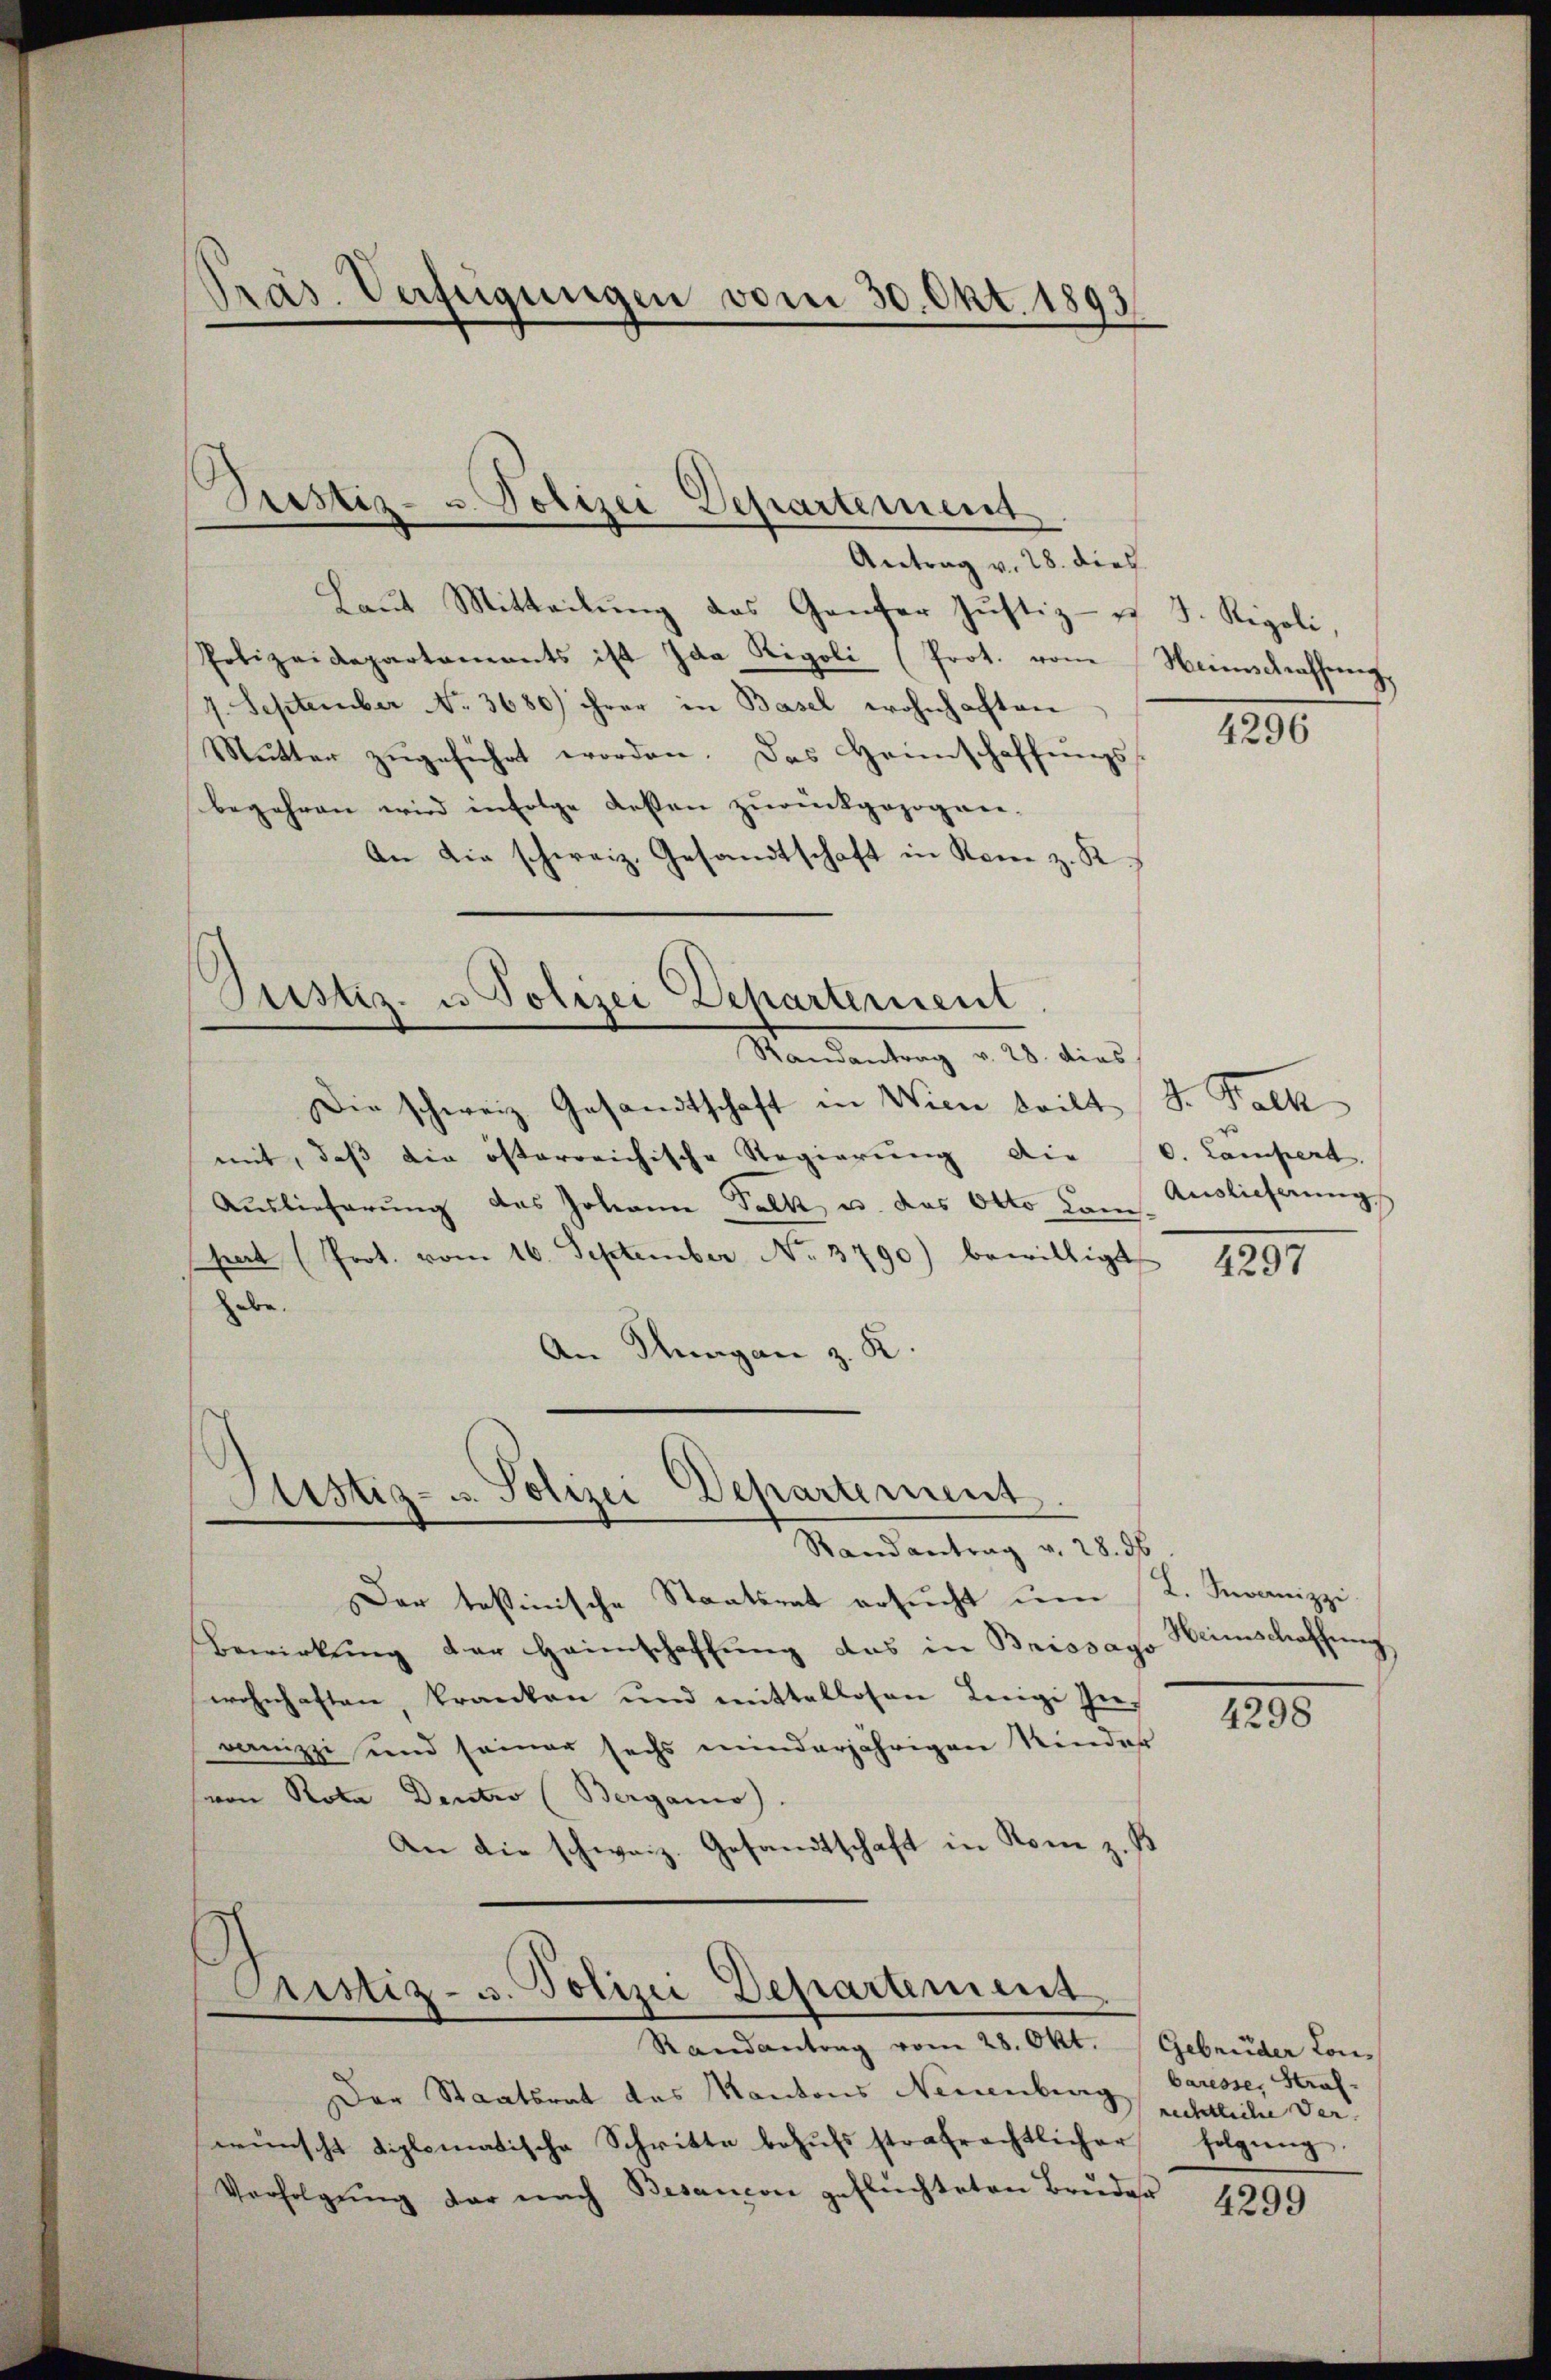
Antrag v. 28. dies
Laŭt Mitteilŭng des Ganzer Justiz- u. J. Rigoli,
Polizeidepartaments ist Ida Rigoli (Prot. von Neinschaffŭng
7. September No. 3680) ihrer in Basel wohnhaften
Mutter zugeführt worden. Das Heimschaffungs
begehren wird infolge desten zurückgezogen-
An die schweiz. Gesandtschaft in Rom z. K

Präs. Verfügungen vom 30. Okt. 1893

Pristiz- u. Polizei Departement

Justiz- u. Polizei Departement.
Randantrag v. 28. dies

Dar testinische Staatsrat ersŭcht ŭm (L. Stranizzi
Bewirkung der Heimschaffung das in Brissayo Heimschaffung
wohnhaften, kranken und mittellosen Leigi In-
ranizzi und seiner sechs minderjährigen Kinder
von Rota Dentro (Berganis).
An die schweiz. Gesandtschaft in Rom z. B

Die schweiz. Gesandtschaft in Wien teilt d. Falk
mit, daß die österreichische Regierung die C. Lampert
Auslieferung des Johann Falk u. das Otto Jan. Auslieferung
hrat (Prot. vom 16. September No. 3790) bewilligt
abe.
An Klagan z. K

Astiz- u. Polizei Departement.
Randantrag v. 28. 56

ustiz- u. Polizei Departement
Randantrag vom 28. Okt.  Gebrüder Con-

Der Staatsrat des Kantons Neuenburg rechtliche Verwünscht diplomatische Schritte behufs strafrechtlicher
Verfolgŭng der nach Besancon geflüchteten Brŭder

4296

4297

4298

baresse, Straf
folgŭng.

4299